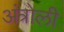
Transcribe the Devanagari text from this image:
अंत्रोली